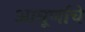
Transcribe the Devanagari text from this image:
आघूर्णाचे